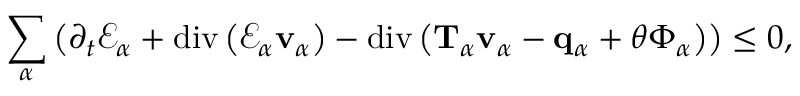
\begin{array} { r } { \displaystyle \sum _ { \alpha } \left( \partial _ { t } \mathscr { E } _ { \alpha } + \mathrm { d i v } \left( \mathscr { E } _ { \alpha } \mathbf { v } _ { \alpha } \right) - \mathrm { d i v } \left( \mathbf { T } _ { \alpha } \mathbf { v } _ { \alpha } - \mathbf { q } _ { \alpha } + \theta \boldsymbol { \Phi } _ { \alpha } \right) \right) \leq 0 , } \end{array}